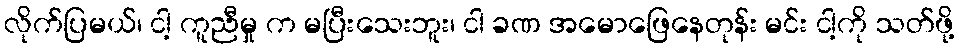
လိုက်ပြမယ်၊ ငါ့ ကူညီမှု က မပြီးသေးဘူး၊ ငါ ခဏ အမောဖြေနေတုန်း မင်း ငါ့ကို သတ်ဖို့